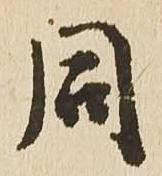
同